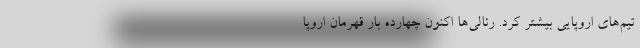
تیم‌های اروپایی بیشتر کرد. رئالی‌ها اکنون چهارده بار قهرمان اروپا